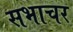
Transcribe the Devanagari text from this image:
सभाचर